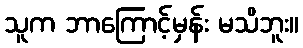
သူက ဘာကြောင့်မှန်း မသိဘူး။